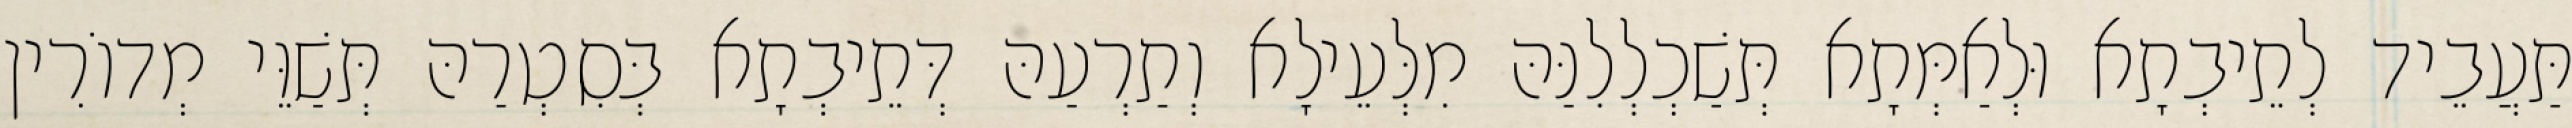
תַּעֲבֵיד לְתֵיבְתָא וּלְאַמְּתָא תְּשַׁכְלְלִנַּהּ מִלְּעֵילָא וְתַרְעַהּ דְּתֵיבְתָא בְּסִטְרַהּ תְּשַׁוֵּי מְדוֹרִין